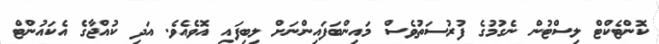
ކޮންޓެކްޓް ލިސްޓުން ނެގުމުގެ ފުރުސަތުވެސް މައިންބަފައިންނަށް ލިބިފައި އޮވެއެވެ. އަދި ކުއްޖާގެ އެކައުންޓް